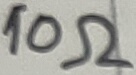
Text: 10Ω